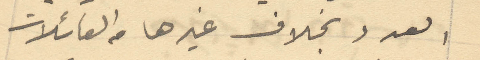
العدد بخلاف غيرها من العائلات